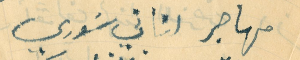
مهاجر لبناني سَوري